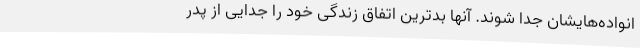
انواده‌هایشان جدا شوند. آنها بدترین اتفاق زندگی خود را جدایی از پدر